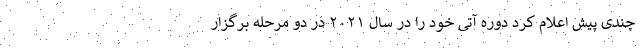
چندی پیش اعلام کرد دوره آتی خود را در سال ۲۰۲۱ در دو مرحله برگزار